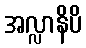
အလ္လာနိပိ